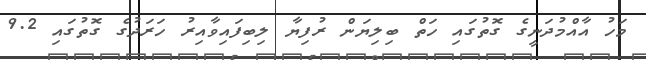
މަހު އާއްމުދަނީގެ ގޮތުގައި ހަތް ބިލިޔަން ރުފިޔާ ލިބިފައިވާއިރު ހަރަދުގެ ގޮތުގައި 9.2